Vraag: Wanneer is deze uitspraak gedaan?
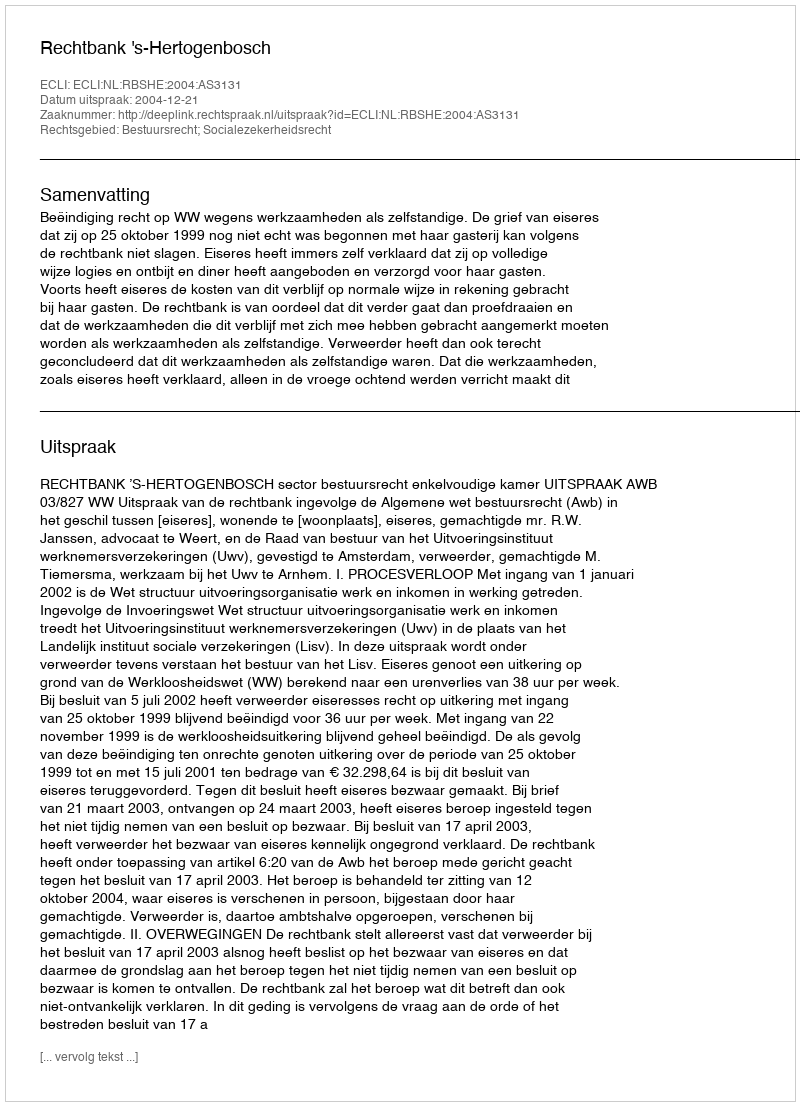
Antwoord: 2004-12-21